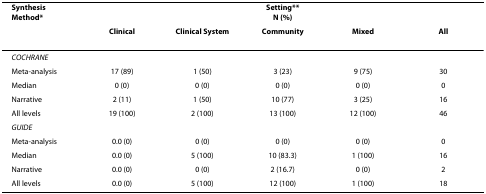
| Synthesis Method* | <COLSPAN=5> Setting**N (%) |
 |  | Clinical | Clinical System | Community | Mixed | All |
 | --- | --- | --- | --- | --- | --- |
 | COCHRANE |  |  |  |  |  |
 | Meta-analysis | 17 (89) | 1 (50) | 3 (23) | 9 (75) | 30 |
 | Median | 0 (0) | 0 (0) | 0 (0) | 0 (0) | 0 |
 | Narrative | 2 (11) | 1 (50) | 10 (77) | 3 (25) | 16 |
 | All levels | 19 (100) | 2 (100) | 13 (100) | 12 (100) | 46 |
 | GUIDE |  |  |  |  |  |
 | Meta-analysis | 0.0 (0) | 0 (0) | 0 (0) | 0 (0) | 0 |
 | Median | 0.0 (0) | 5 (100) | 10 (83.3) | 1 (100) | 16 |
 | Narrative | 0.0 (0) | 0 (0) | 2 (16.7) | 0 (0) | 2 |
 | All levels | 0.0 (0) | 5 (100) | 12 (100) | 1 (100) | 18 |